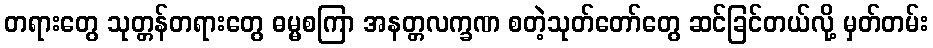
တရားတွေ သုတ္တန်တရားတွေ ဓမ္မစကြာ အနတ္တလက္ခဏ စတဲ့သုတ်တော်တွေ ဆင်ခြင်တယ်လို့ မှတ်တမ်း